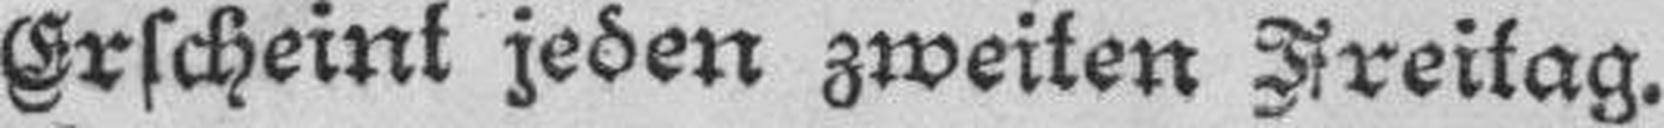
Erscheint jeden zweiten Freitag.